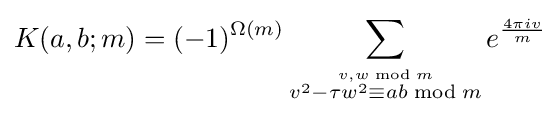
K(a,b;m)=(-1)^{\Omega (m)}\sum _{\stackrel {v,w{\bmod {m}}}{v^{2}-\tau w^{2}\equiv ab{\bmod {m}}}}e^{\frac {4\pi iv}{m}}